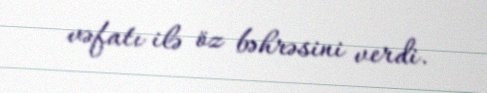
vəfatı ilə öz bəhrəsini verdi.